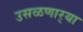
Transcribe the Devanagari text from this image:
उसळणार्‍या